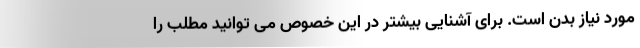
مورد نیاز بدن است. برای آشنایی بیشتر در این خصوص می توانید مطلب را